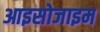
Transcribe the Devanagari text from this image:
आइसोजाइम